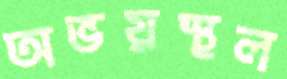
অভয়স্থল